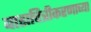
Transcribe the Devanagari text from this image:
बाह्यचित्रीकरणाच्या